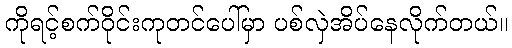
ကိုရင့်စက်ဝိုင်းကုတင်ပေါ်မှာ ပစ်လှဲအိပ်နေလိုက်တယ်။